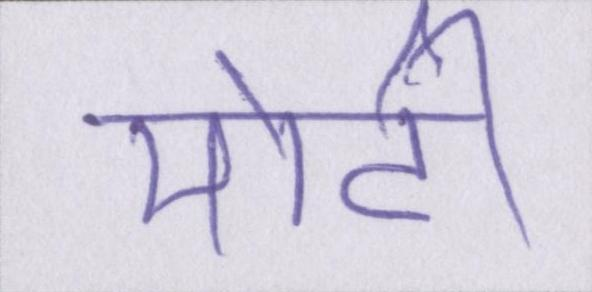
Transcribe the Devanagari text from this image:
मोटी